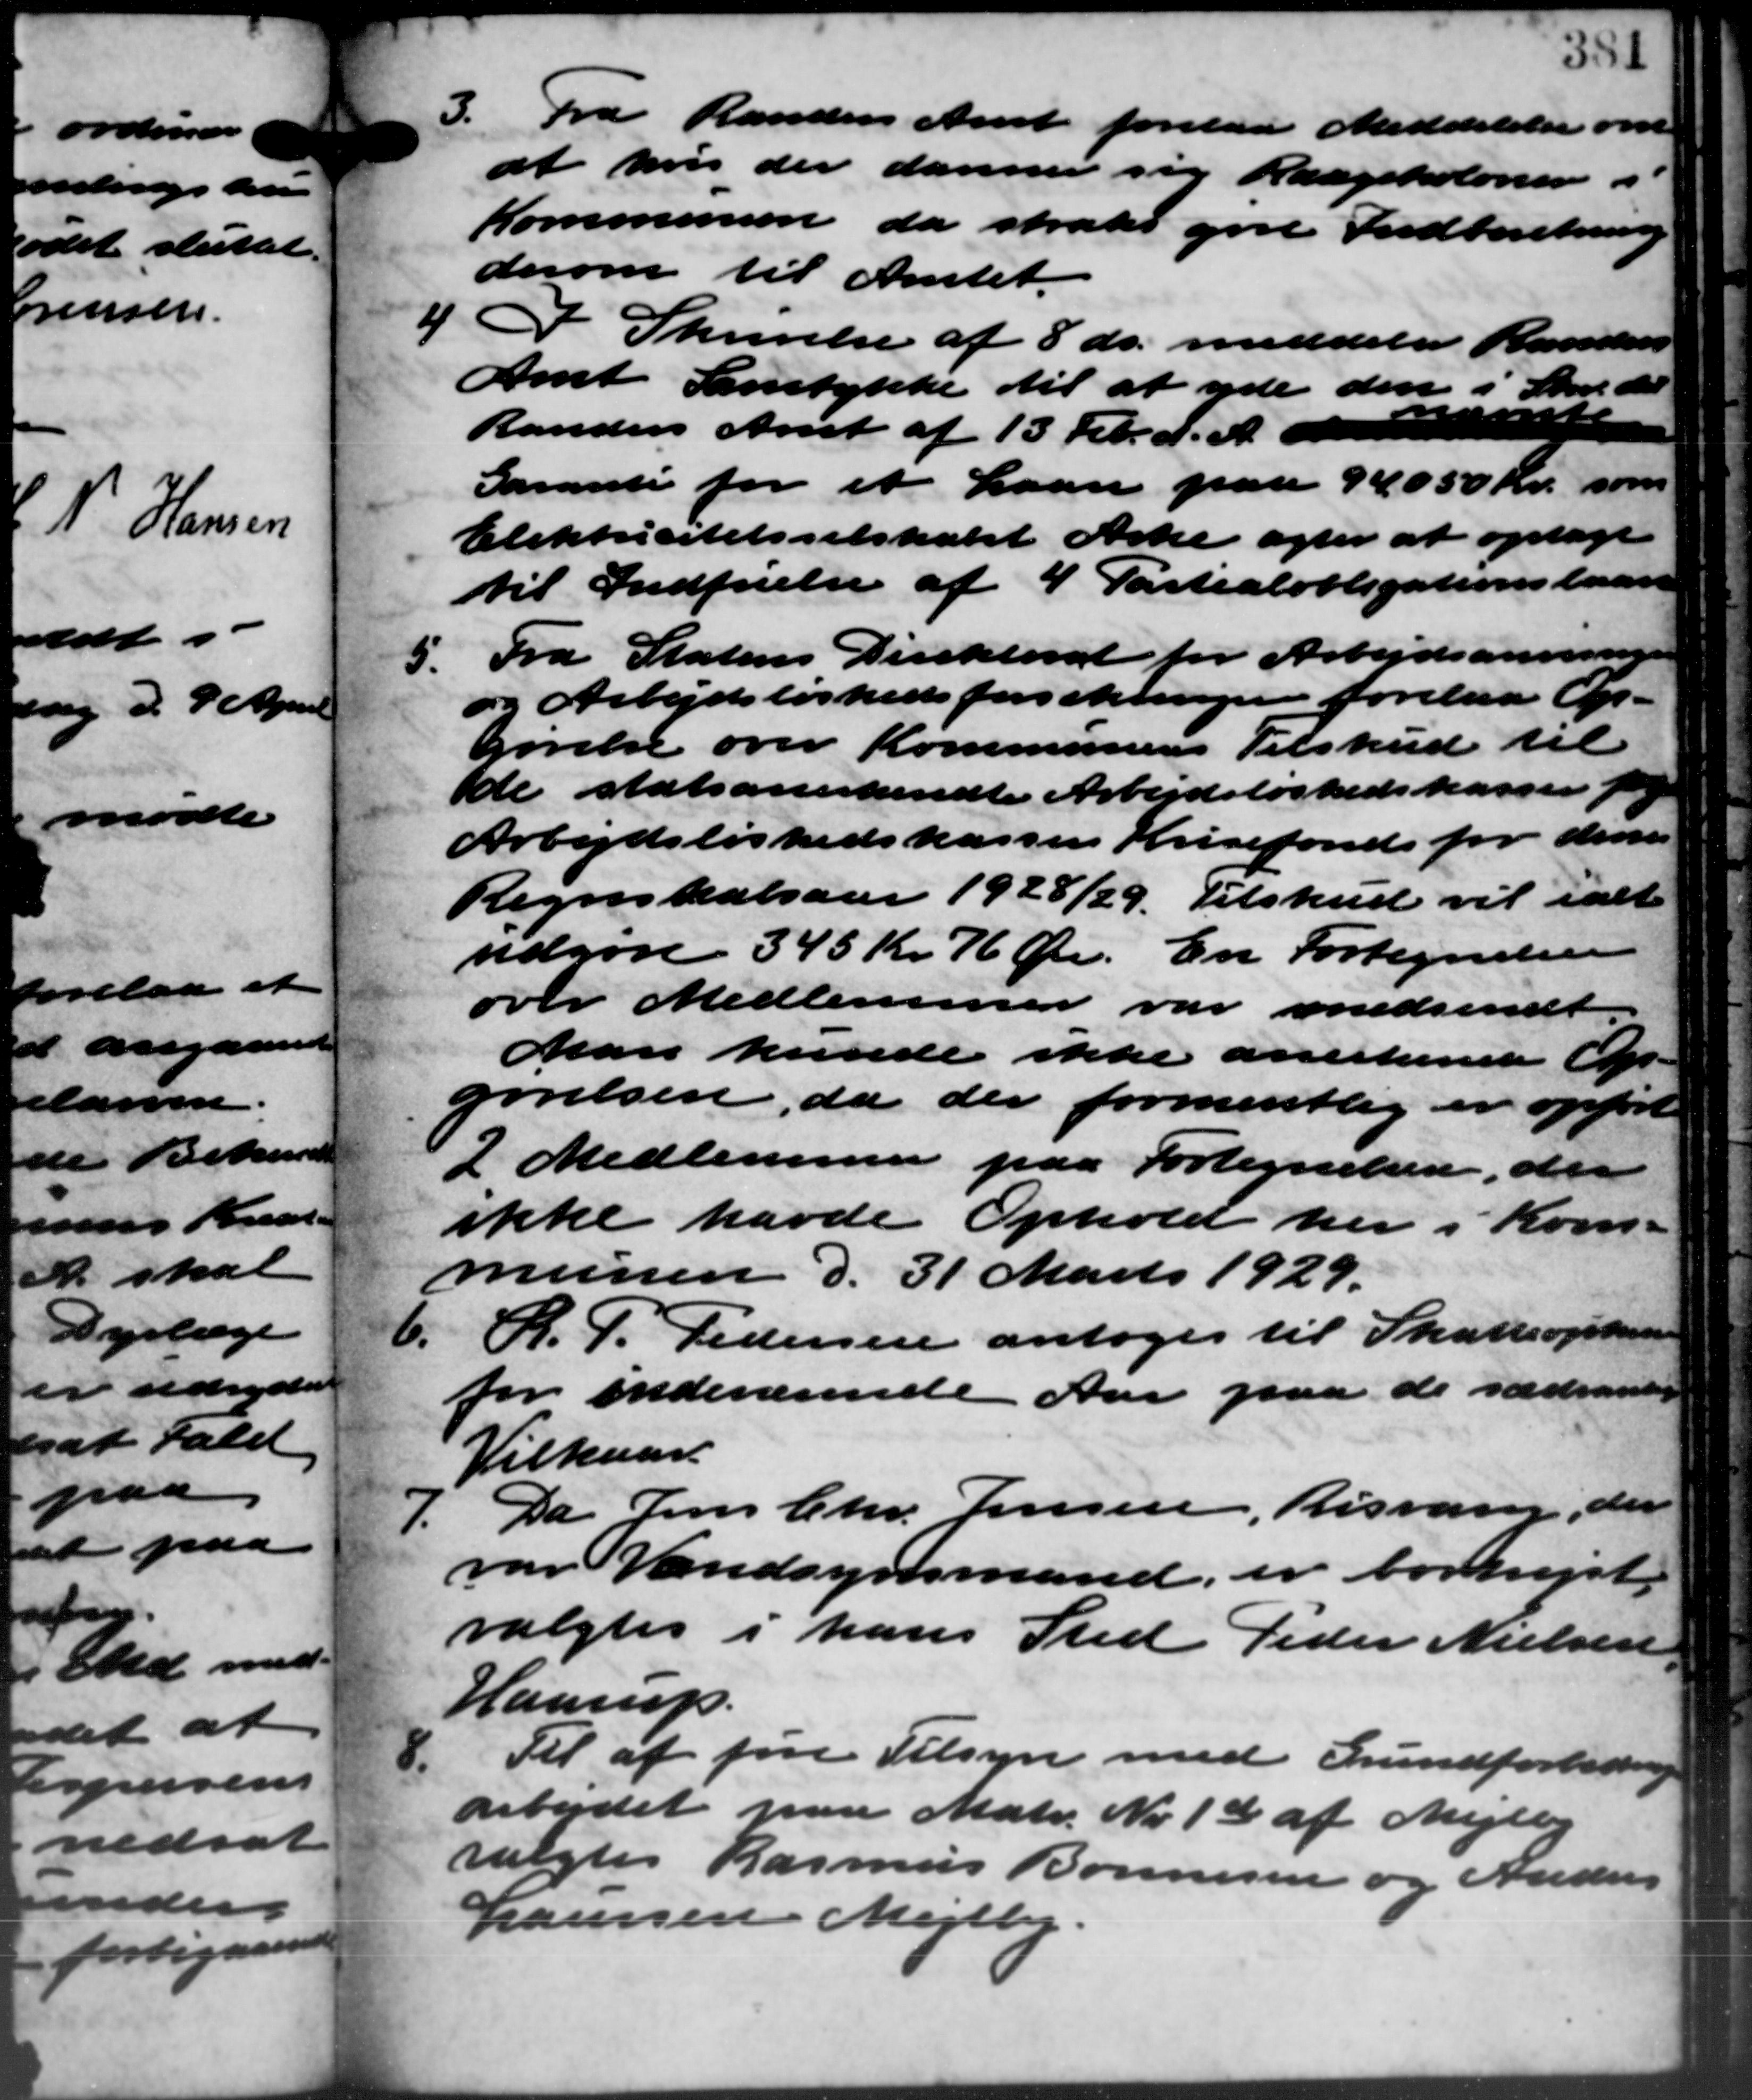
Transskription:
3. Fra Randers Amt forelaa Meddelelse om
3. Fra Randers Amt forelaa Meddelelse om
at hvis der danner sig Raagekolonen i
Kommunen da straks gøre Indberetning
derom til Amtet.
4
I Skrivelse af 8 ds. meddeler Randers
Amt Samtykke til at yde den i Skr. det
Randers Amt af 13 Febr. d. A. at
Garanti for et Laan paa 94050 Kr. som
Elektricitetsselskabet Arke agter at optage
til Indføielse af 4 Partialobligationslaan
5. Fra Statens Direktorat for Arbejdsanvisn
og Arbejdsløshedsforsikringen forelaa Op-
gørelse over Kommunens Tilskud til
de statsanerkendte Arbejdsløshedskasser f.
Arbejdsløshedskassen Krisefond for den
Regnskabsaar 1928/29 Tilskud vil ialt
udgøre 345 Kr. 76 Øre. En Fortegnelse
over Medlemmer var medsendt
Man kunde ikke anerkende Op-
gørelsen, da der formentlig er opført
2 Medlemmer paa Fortegnelsen, der
ikke havde Ophold her i Kom –
munen d. 31 Marts 1929.
6.
R. P. Pedersen antoges til Skatteopkræve
for indeværende Aar paa de sædvandin
Vilkaar
7.
Da Jens Chr. Jensen, Risvang, der
var Vandsynsmand, er bortrejst
valgtes i hans Sted Peder Nielsen
Haarup.
8.
Til at føre Tilsyn med Grundforbedring
arbejdet paa Matr. Nr. 13 af Mejlby
valgtes Rasmus Bonnesen og Anders
Laursen Mejlby